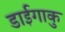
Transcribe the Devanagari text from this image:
डाईगाकु